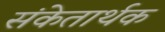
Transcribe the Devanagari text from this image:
संकेतार्थक